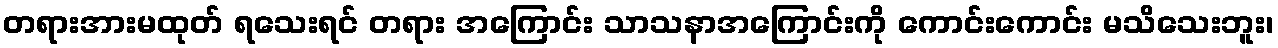
တရားအားမထုတ် ရသေးရင် တရား အကြောင်း သာသနာအကြောင်းကို ကောင်းကောင်း မသိသေးဘူး၊